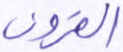
القرون